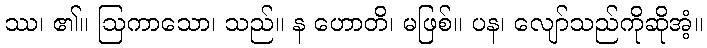
ဿ၊ ၏။ ဩကာသော၊ သည်။ န ဟောတိ၊ မဖြစ်။ ပန၊ လျော်သည်ကိုဆိုအံ့။